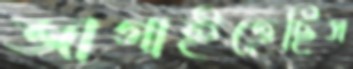
জাগাইতেছিস